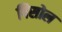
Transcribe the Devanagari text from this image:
पिसोल